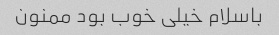
باسلام خیلی خوب بود ممنون